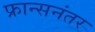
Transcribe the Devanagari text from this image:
फ्रान्सनंतर